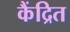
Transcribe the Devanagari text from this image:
कैंद्रित